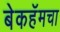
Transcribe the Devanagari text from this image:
बेकहॅमचा